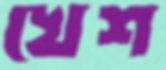
খেশ